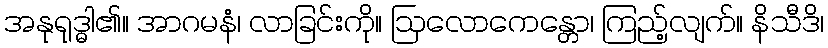
အနုရုဒ္ဓါ၏။ အာဂမနံ၊ လာခြင်းကို။ ဩလောကေန္တော၊ ကြည့်လျက်။ နိသီဒိ၊